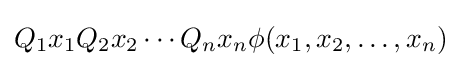
Q_{1}x_{1}Q_{2}x_{2}\cdots Q_{n}x_{n}\phi (x_{1},x_{2},\dots ,x_{n})